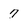
Character: 7